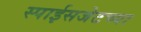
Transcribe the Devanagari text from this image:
स्पाईसजेटच्या